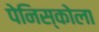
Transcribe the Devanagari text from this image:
पेनिस्कोला